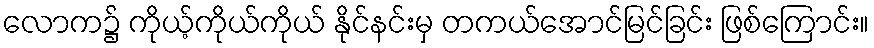
လောက၌ ကိုယ့်ကိုယ်ကိုယ် နိုင်နင်းမှ တကယ်အောင်မြင်ခြင်း ဖြစ်ကြောင်း။